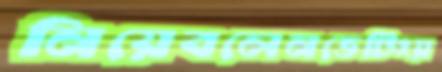
নিয়েবলেনভেটিংয়